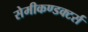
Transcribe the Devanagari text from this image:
सेमीकण्डक्टर्स